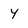
Character: y